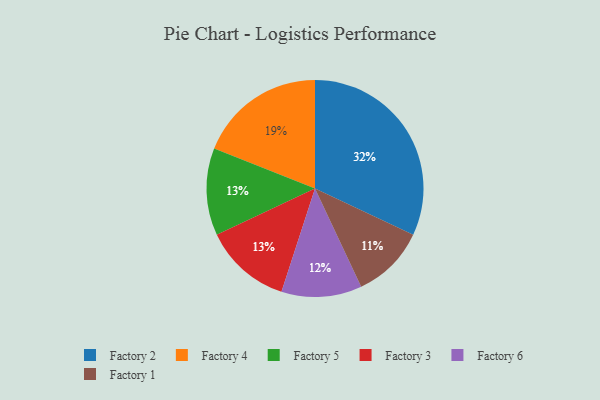
{"axis": {"x": "Category", "y": "Percentage"}, "legend": ["Factory 1", "Factory 2", "Factory 3", "Factory 4", "Factory 5", "Factory 6"], "data": [{"x": "Factory 4", "y": 19, "type": "Factory 4"}, {"x": "Factory 5", "y": 13, "type": "Factory 5"}, {"x": "Factory 3", "y": 13, "type": "Factory 3"}, {"x": "Factory 2", "y": 32, "type": "Factory 2"}, {"x": "Factory 6", "y": 12, "type": "Factory 6"}, {"x": "Factory 1", "y": 11, "type": "Factory 1"}]}